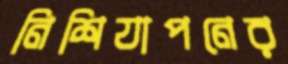
নিশিযাপনের